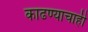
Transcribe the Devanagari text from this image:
काढण्याचाही